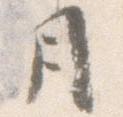
月